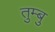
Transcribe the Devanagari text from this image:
तुम्बु